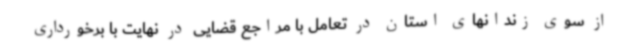
از سوی زندانهای استان در تعامل با مراجع قضایی در نهایت با برخورداری